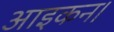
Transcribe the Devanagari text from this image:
आइकन।